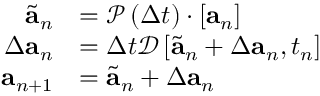
\begin{array} { r } { \begin{array} { r l } { \tilde { \mathbf { a } } _ { n } } & { = \mathcal { P } \left( \Delta t \right) \cdot \left[ \mathbf { a } _ { n } \right] } \\ { \Delta \mathbf { a } _ { n } } & { = \Delta t \mathcal { D } \left[ \tilde { \mathbf { a } } _ { n } + \Delta \mathbf { a } _ { n } , t _ { n } \right] } \\ { \mathbf { a } _ { n + 1 } } & { = \tilde { \mathbf { a } } _ { n } + \Delta \mathbf { a } _ { n } } \end{array} } \end{array}